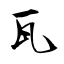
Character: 瓦